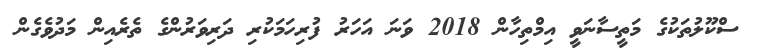
ސްކޫލުތަކުގެ މަތީސާނަވީ އިމްތިހާން 2018 ވަނަ އަހަަރު ފުރިހަމަކުރި ދަރިވަރުންގެ ތެރެއިން މަދުވެގެން